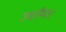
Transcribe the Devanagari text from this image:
उद्यमिता